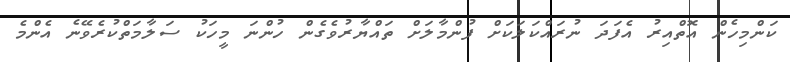
ކަންމިހެން އޮތްއިރު އެފަދަ ނުރައްކަލަކަށް ފުންމާލަށް ތައްޔާރުވެގެން ހުންނަ މީހަކު ސަލާމަތްކުރެވޭނެ އެންމެ